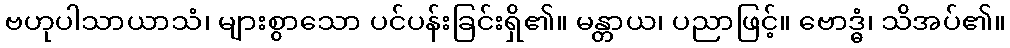
ဗဟုပါသာယာသံ၊ များစွာသော ပင်ပန်းခြင်းရှိ၏။ မန္တာယ၊ ပညာဖြင့်။ ဗောဒ္ဓံ၊ သိအပ်၏။